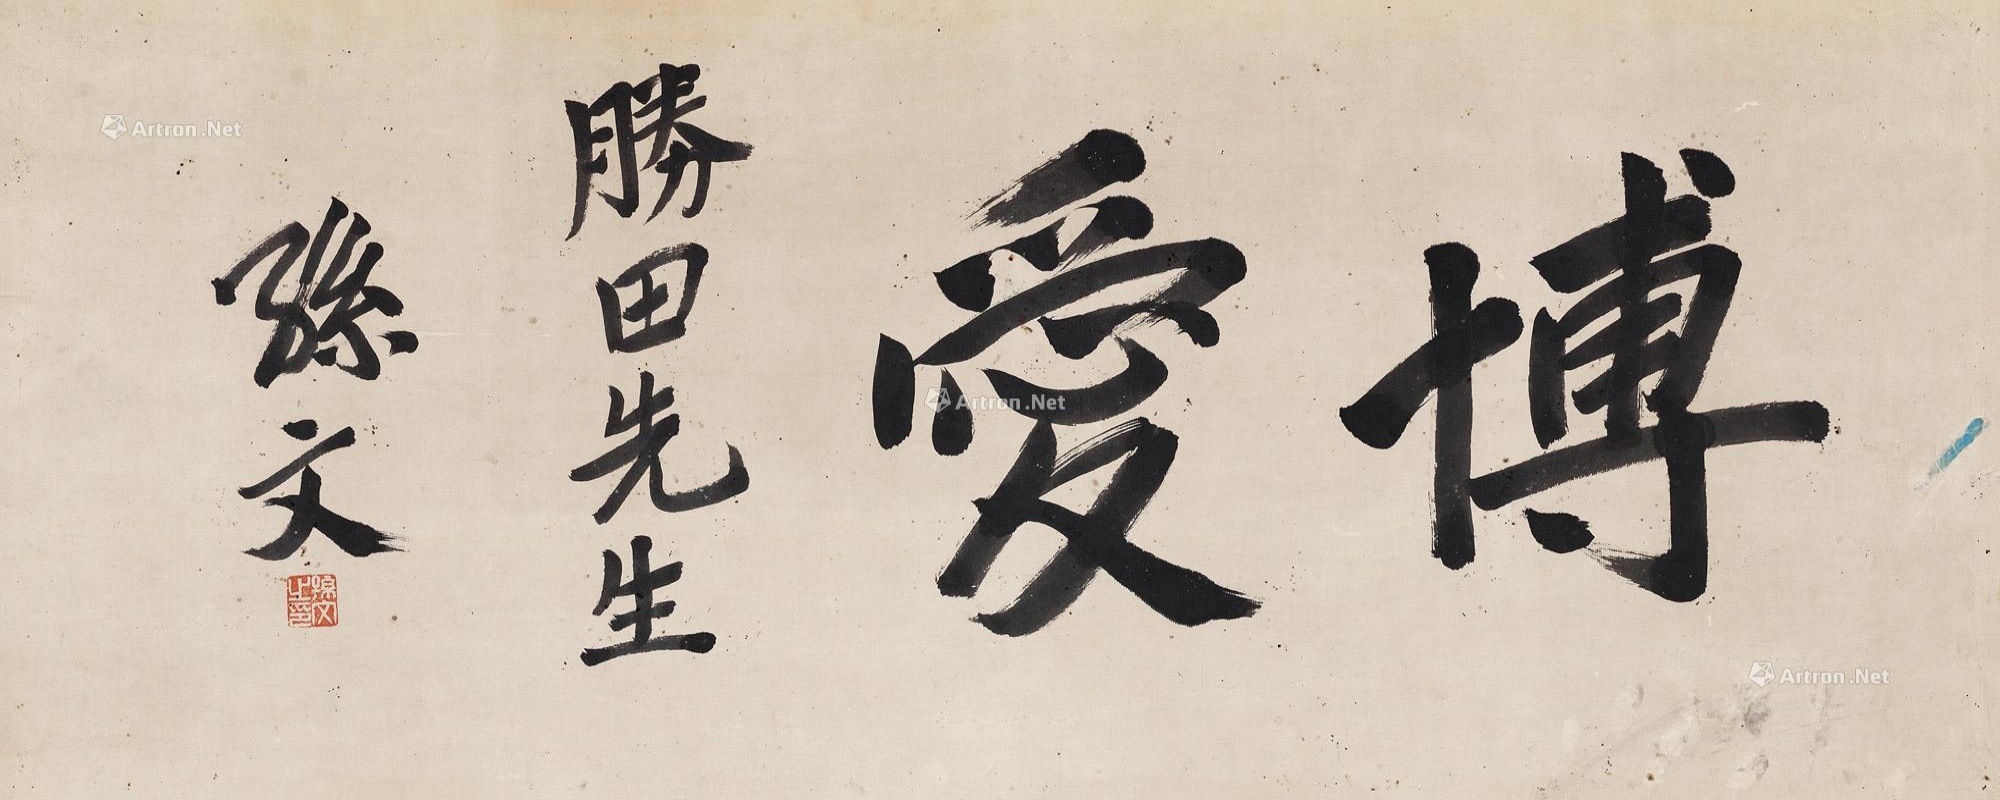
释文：博爱。胜田先生，孙文。